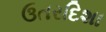
ઉતરદિશા